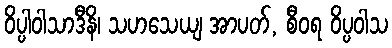
ဝိပ္ပါဝါသာဒီနိ၊ သဟသေယျ အာပတ်, စီဝရ ဝိပ္ပဝါသ